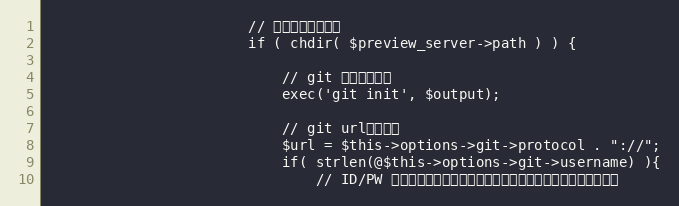
Language: PHP
						// ディレクトリ移動
						if ( chdir( $preview_server->path ) ) {

							// git セットアップ
							exec('git init', $output);

							// git urlのセット
							$url = $this->options->git->protocol . "://";
							if( strlen(@$this->options->git->username) ){
								// ID/PW が設定されていない場合は、認証情報なしでアクセスする。